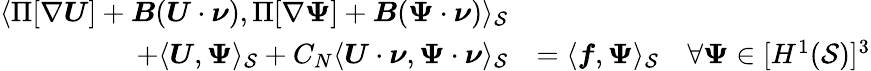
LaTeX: \begin{array}{rlr}{\langle\operatorname{\Pi}[\nabla\boldsymbol{U}]+\boldsymbol{B}(\boldsymbol{U}\cdot\boldsymbol{\nu}),\operatorname{\Pi}[\nabla\boldsymbol{\Psi}]+\boldsymbol{B}(\boldsymbol{\Psi}\cdot\boldsymbol{\nu})\rangle_{\mathcal{S}}}&{}\\ {+\langle\boldsymbol{U},\boldsymbol{\Psi}\rangle_{\mathcal{S}}+C_{N}\langle\boldsymbol{U}\cdot\boldsymbol{\nu},\boldsymbol{\Psi}\cdot\boldsymbol{\nu}\rangle_{\mathcal{S}}}&{=\langle\boldsymbol{f},\boldsymbol{\Psi}\rangle_{\mathcal{S}}}&{\forall\boldsymbol{\Psi}\in[H^{1}(\mathcal{S})]^{3}}\end{array}